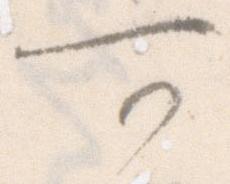
可